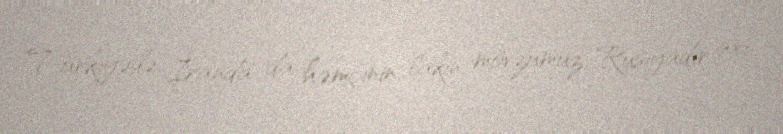
Türkiyədə, İranda da həmçinin, lakin mövzumuz Rusiyadır axı.